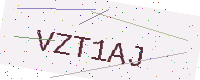
Text: VZT1AJ